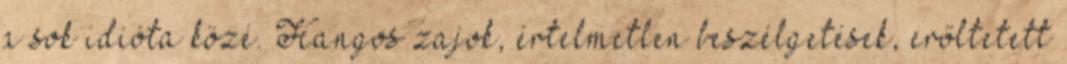
a sok idióta közé. Hangos zajok, értelmetlen beszélgetések, erőltetett